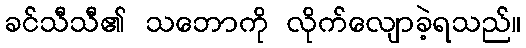
ခင်သီသီ၏ သဘောကို လိုက်လျောခဲ့ရသည်။